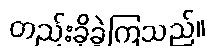
တည်းခိုခဲ့ကြသည်။